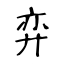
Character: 弈